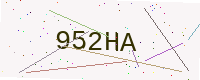
Text: 952HA